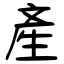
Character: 產